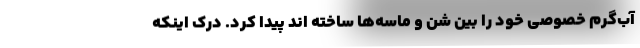
آب‌گرم خصوصی خود را بین شن و ماسه‌ها ساخته اند پیدا کرد. درک اینکه